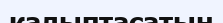
калыптасатын